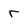
Character: r